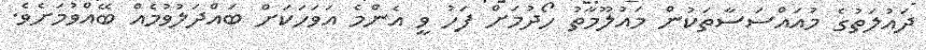
ދައުލަތުގެ މުއައްސަސާތަކުން މައުލޫމާތު ހޯދުމަށް ފަހު ވީ އެންމެ އަވަހަކަށް ބައްދަލުވުމެއް ބޭއްވުމަށެވެ.